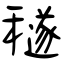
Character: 穟